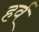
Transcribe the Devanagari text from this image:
हर्व